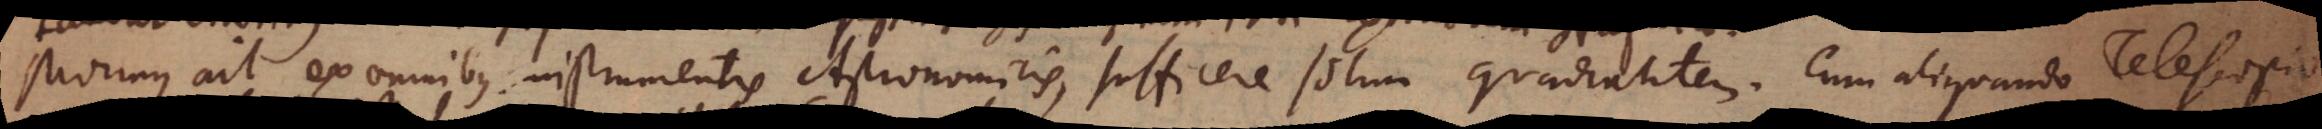
Morinus ait ex omnibus instrumentis Astronomicis, sufficere solum quadrantem. Cum aliquando Telescopio